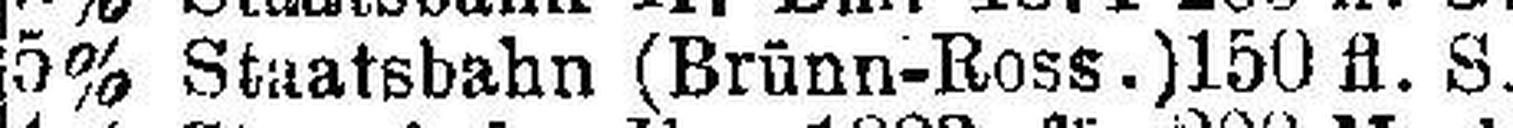
5% Staatsbahn (Brünn-Ross.) 150 fl. S.